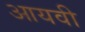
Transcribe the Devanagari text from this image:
आयवी